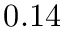
0 . 1 4